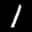
Label: 1